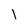
Character: l